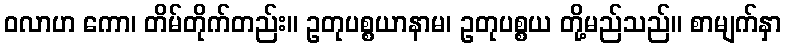
ဝလာဟ ကော၊ တိမ်တိုက်တည်း။ ဥတုပစ္စယာနာမ၊ ဥတုပစ္စယ တို့မည်သည်။ စာမျက်နှာ